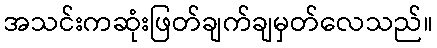
အသင်းကဆုံးဖြတ်ချက်ချမှတ်လေသည်။